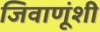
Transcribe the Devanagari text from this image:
जिवाणूंशी